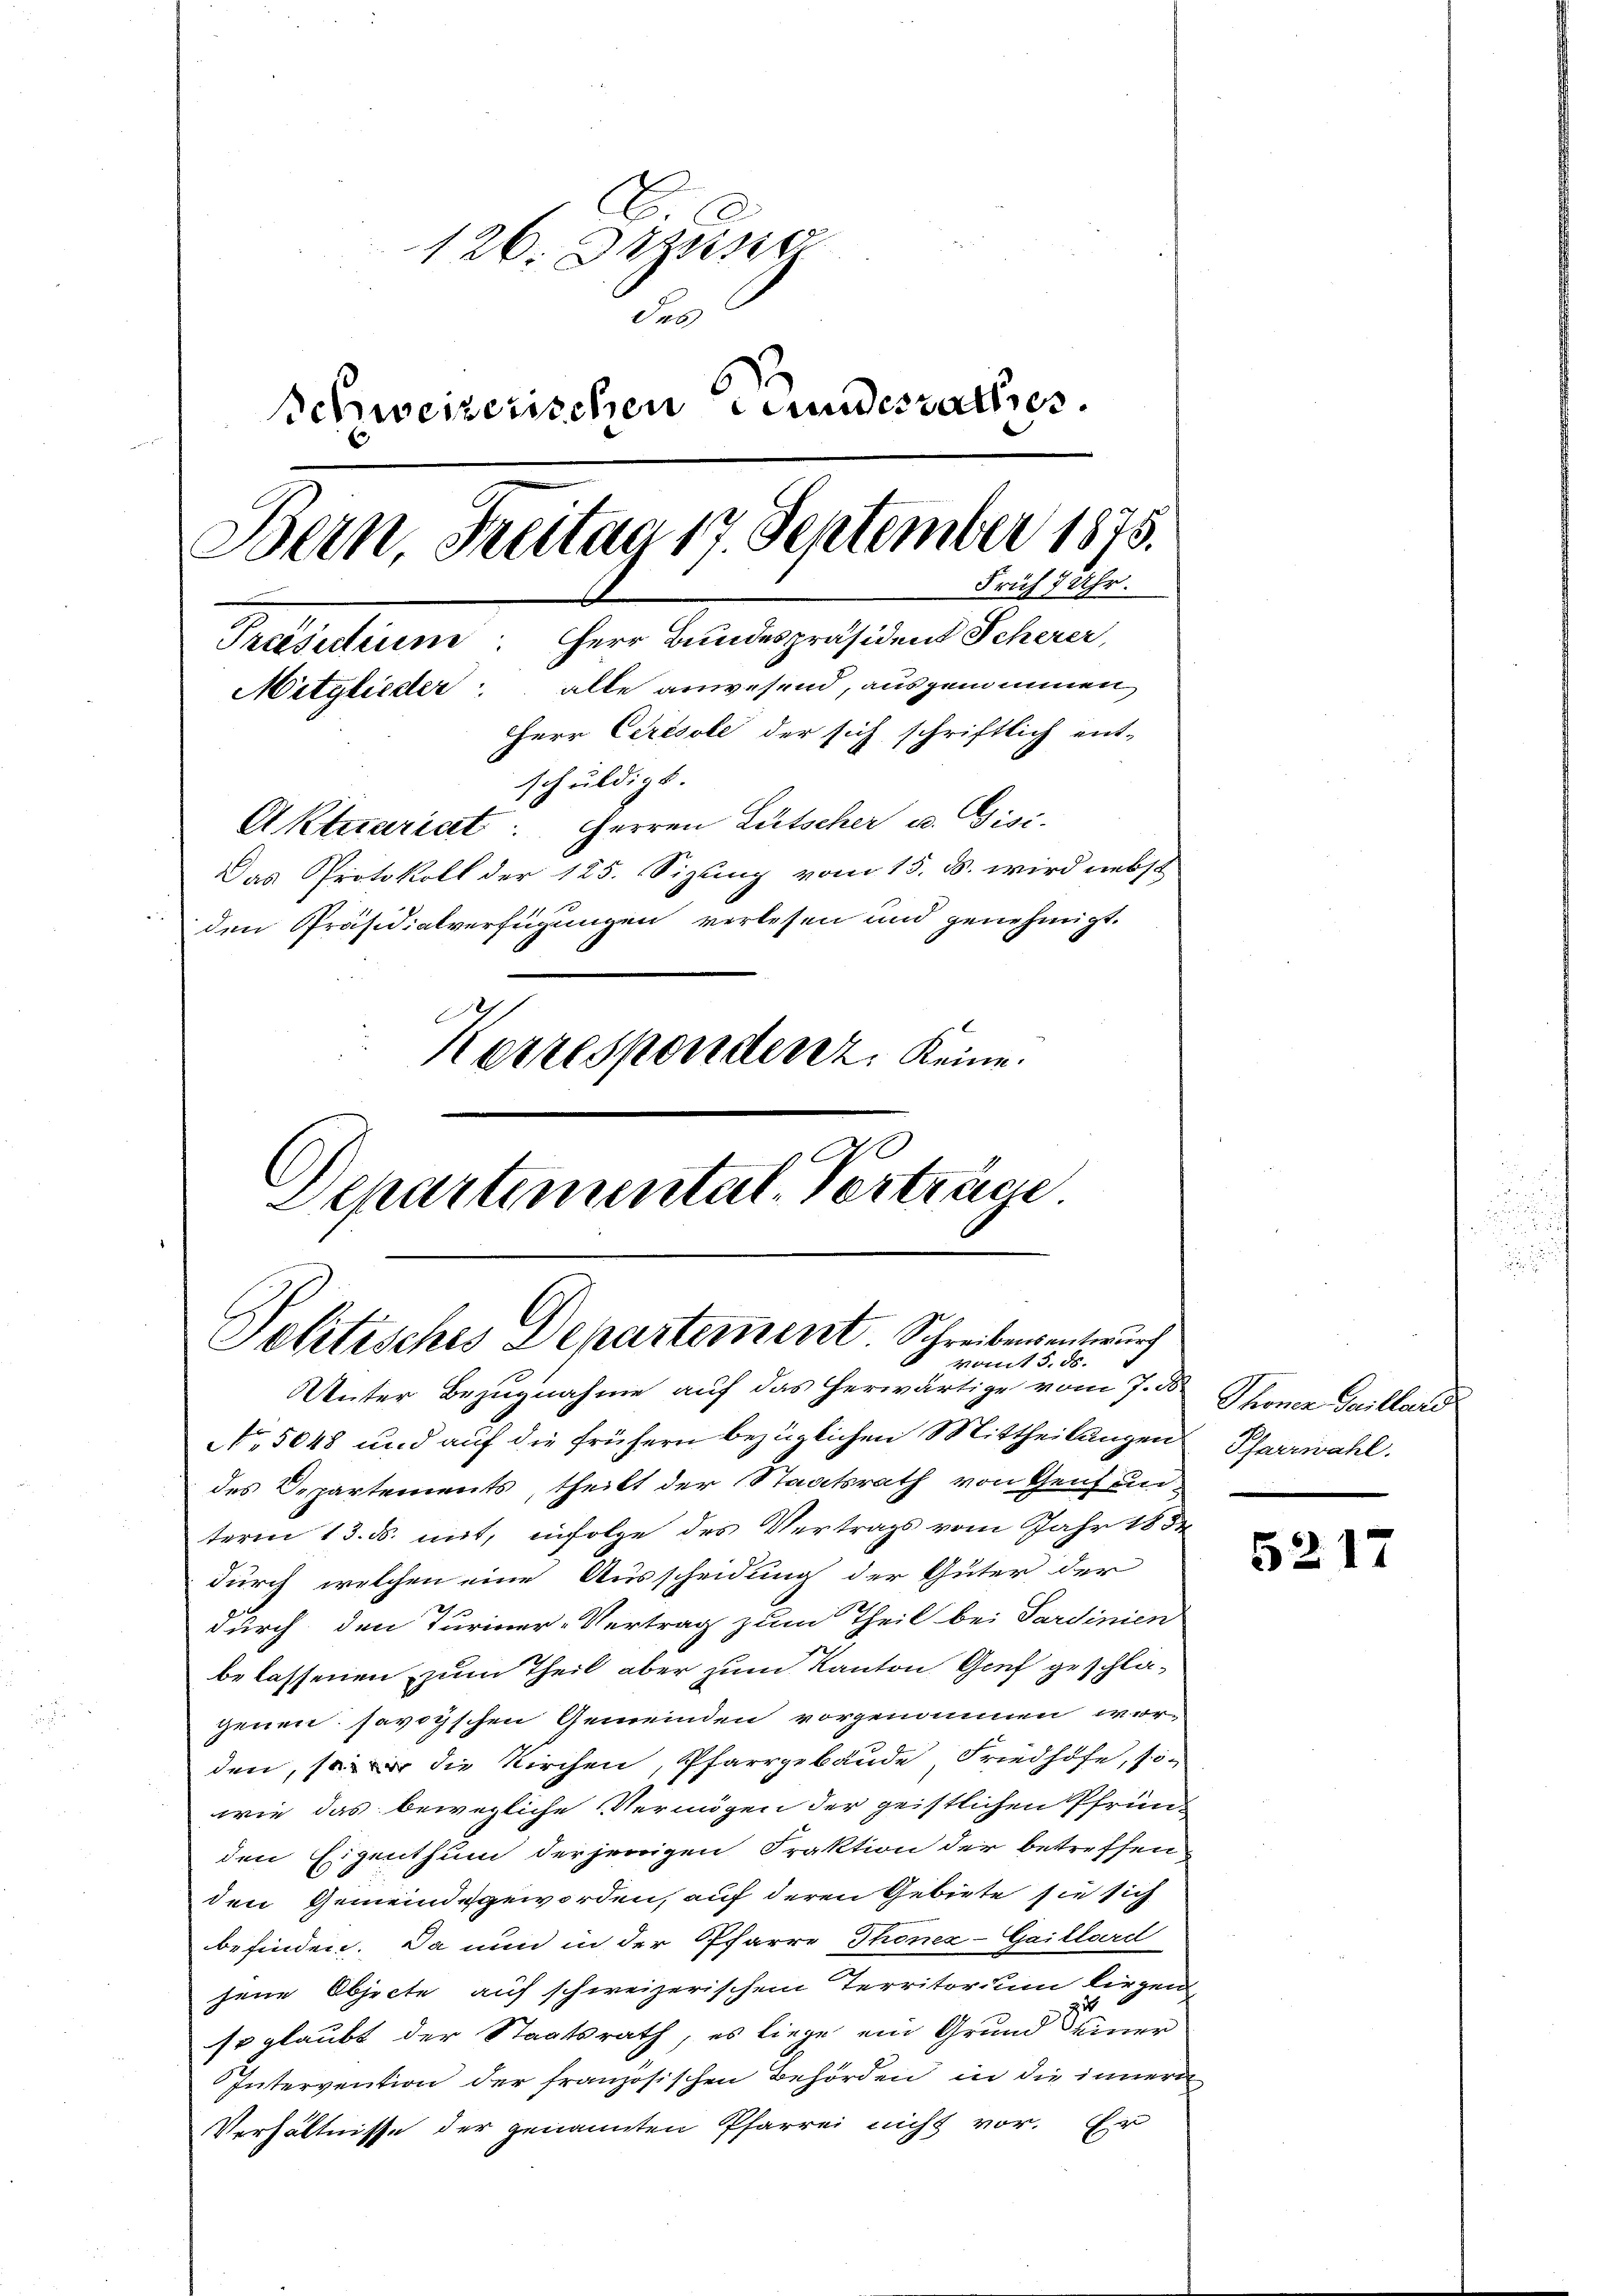
126. Dezung
das
Schweizerischen Stundesrathes.
Bern, Freitag 17. September 1875.
Früh 7 Uhr.
Preisestimme Herr Bundespräsident Scherer,
Mitglieder alle anwesend, ausgenommen,
Herr Cerésole der sich schriftlich ent-
schuldigt.
Aktuariat: Herren Lütscher u. Gisi-
Das Protokoll der 125. Sizung vom 15. d. wird nebst
den Präsidialverfügungen verlesen und genehmigt.
Korresponderez. Keine
Departementat. Verträge

Politisches Departement. Schreibens entwurf
 mit §. 6.

Unter Bezugnahme auf das herwärtige vom 7. d.
No. 5048 und auf die frühern bezüglichen Mittheilungen Pfarrwahl.
des Departements, theilt der Staatsrath von Genf un-
term 13. ds. mit, infolge des Vertrags vom Jahr 1831
durch welchen eine Ausscheidung der Güter der
.
durch den Turiner-Vertrag zum Theil bei Sardinien
belassenen zum Theil aber zum Kanton Genf geschläjenen savoyischen Gemeinden vorgenommen worden, so die Kirchen, Pfarrgebäude, Friedhöfe, sowie das bewegliche Vermögen der geistlichen Pfründen Eigenthum derjenigen Fraktion der betreffen
den Gemeindsgeworden, auf deren Gebiete sie sich
befinden. Da nun in der Pfarre Thonez-Gaillard
jene Objecte auf schweizerischem Territorium liegen
so glaubt der Staatsrath, es liege ein Grund Seiner
Intervention der französischen Behörden, in die innern
Verhältnisse der genannten Pfarrei nicht vor. Er

Thoner Guillard

5217